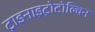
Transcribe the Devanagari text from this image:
ट्राइनाइट्रोटोल्विन